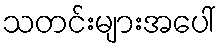
သတင်းများအပေါ်